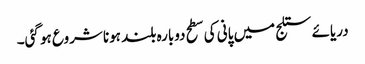
دریائے ستلج میں پانی کی سطح دوبارہ بلند ہونا شروع ہو گئی۔